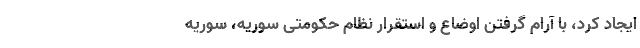
ایجاد کرد، با آرام گرفتن اوضاع و استقرار نظام حکومتی سوریه، سوریه